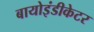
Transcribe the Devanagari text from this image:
बायोइंडीकेटर